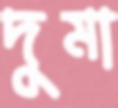
দুমা